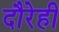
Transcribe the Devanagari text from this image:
दौरेही